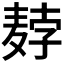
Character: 𬹇